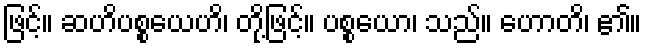
ဖြင့်။ ဆဟိပစ္စယေဟိ၊ တို့ဖြင့်။ ပစ္စယော၊ သည်။ ဟောတိ၊ ၏။